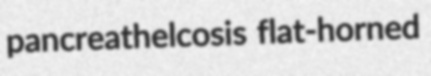
pancreathelcosis flat-horned